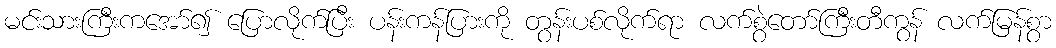
မင်းသားကြီးကအော်၍ ပြောလိုက်ပြီး ပန်းကန်ပြားကို တွန်းပစ်လိုက်ရာ လက်စွဲတော်ကြီးတီကွန် လက်မြန်စွာ